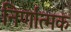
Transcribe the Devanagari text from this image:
निर्णात्मक